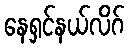
နေရှင်နယ်လိဂ်